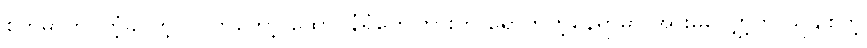
စိတ်ဓာတ် ကြံ့ခိုင်တဲ့ ပိုပိုကတော့ ထောင်နံရံတွေကြားက ရောက်တဲ့နေရာမှာ အားမလျှော့ဘဲ သူချစ်တဲ့